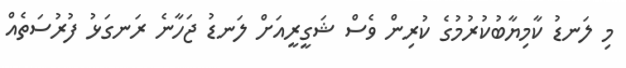
މި ލަނޑު ކާމިޔާބުކުރުމުގެ ކުރިން ވެސް ޝަގީރީއަށް ލަނޑު ޖަހާނެ ރަނގަޅު ފުރުސަތެއް